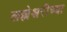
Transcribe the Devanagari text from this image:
लल्लेश्वरीच्या